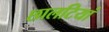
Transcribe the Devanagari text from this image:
छालटियां